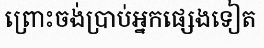
ព្រោះចង់ប្រាប់អ្នកផ្សេងទៀត